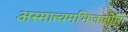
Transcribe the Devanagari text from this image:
अस्मात्त्वमभिजातोसि